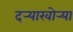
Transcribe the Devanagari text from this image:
दर्‍याखोर्‍या